Insane asylums in Bengal annual reports 1867-1875 - 1867-1875
Year: 1867
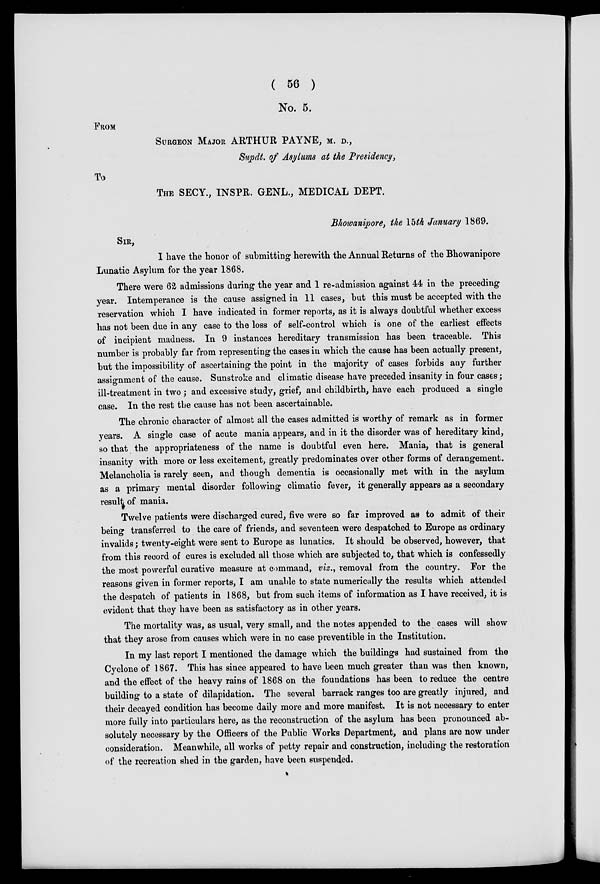
( 56 )
No. 5.
FROM
SURGEON MAJOR ARTHUR PAYNE, M. D.,
Supdt. of Asylums at the Presidency,
To
THE SECY., INSPR. GENL., MEDICAL DEPT.
Bhowanipore, the 15th January 1869.
SIR,
I have the honor of submitting herewith the Annual Returns of the Bhowanipore
Lunatic Asylum for the year 1868.
There were 62 admissions during the year and 1 re-admission against 44 in the preceding
year. Intemperance is the cause assigned in 11 cases, but this must be accepted with the
reservation which I have indicated in former reports, as it is always doubtful whether excess
has not been due in any case to the loss of self-control which is one of the earliest effects
of incipient madness. In 9 instances hereditary transmission has been traceable. This
number is probably far from representing the cases in which the cause has been actually present,
but the impossibility of ascertaining the point in the majority of cases forbids any further
assignment of the cause. Sunstroke and climatic disease have preceded insanity in four cases;
ill-treatment in two; and excessive study, grief, and childbirth, have each produced a single
case. In the rest the cause has not been ascertainable.
The chronic character of almost all the cases admitted is worthy of remark as in former
years. A single case of acute mania appears, and in it the disorder was of hereditary kind,
so that the appropriateness of the name is doubtful even here. Mania, that is general
insanity with more or less excitement, greatly predominates over other forms of derangement.
Melancholia is rarely seen, and though dementia is occasionally met with in the asylum
as a primary mental disorder following climatic fever, it generally appears as a secondary
result of mania.
Twelve patients were discharged cured, five were so far improved as to admit of their
being transferred to the care of friends, and seventeen were despatched to Europe as ordinary
invalids; twenty-eight were sent to Europe as lunatics. It should be observed, however, that
from this record of cures is excluded all those which are subjected to, that which is confessedly
the most powerful curative measure at command, viz., removal from the country. For the
reasons given in former reports, I am unable to state numerically the results which attended
the despatch of patients in 1868, but from such items of information as I have received, it is
evident that they have been as satisfactory as in other years.
The mortality was, as usual, very small, and the notes appended to the cases will show
that they arose from causes which were in no case preventible in the Institution.
In my last report I mentioned the damage which the buildings had sustained from the
Cyclone of 1867. This has since appeared to have been much greater than was then known,
and the effect of the heavy rains of 1868 on the foundations has been to reduce the centre
building to a state of dilapidation. The several barrack ranges too are greatly injured, and
their decayed condition has become daily more and more manifest. It is not necessary to enter
more fully into particulars here, as the reconstruction of the asylum has been pronounced ab-
solutely necessary by the Officers of the Public Works Department, and plans are now under
consideration. Meanwhile, all works of petty repair and construction, including the restoration
of the recreation shed in the garden, have been suspended.